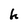
Character: h